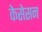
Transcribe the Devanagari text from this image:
केसेसन